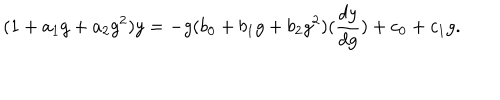
( 1 + a _ { 1 } g + a _ { 2 } g ^ { 2 } ) y = - g ( b _ { 0 } + b _ { 1 } g + b _ { 2 } g ^ { 2 } ) ( \frac { d y } { d g } ) + c _ { 0 } + c _ { 1 } g .